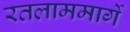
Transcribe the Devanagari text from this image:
रतलाममार्गे